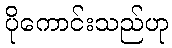
ပိုကောင်းသည်ဟု